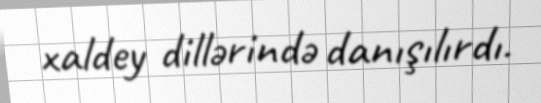
xaldey dillərində danışılırdı.